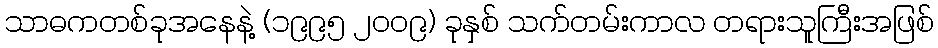
သာဓကတစ်ခုအနေနဲ့ (၁၉၉၅ ၂၀၀၉) ခုနှစ် သက်တမ်းကာလ တရားသူကြီးအဖြစ်